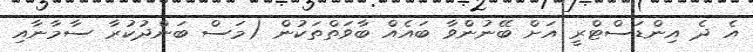
އެ ދެ އިންޑަސްޓްރީ އަށް ބޭނުންވާ ބައެއް ބާވަތްތަކުން (މަސް ބަންދުކުރާ ސާމާނާއި